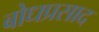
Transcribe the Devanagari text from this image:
बोधप्रसाद